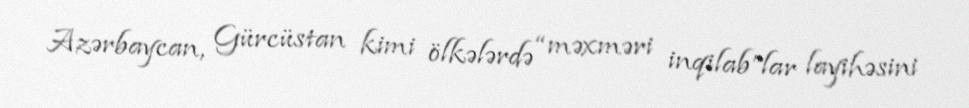
Azərbaycan, Gürcüstan kimi ölkələrdə “məxməri inqilab”lar layihəsini